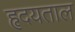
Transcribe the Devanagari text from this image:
हृदयताल